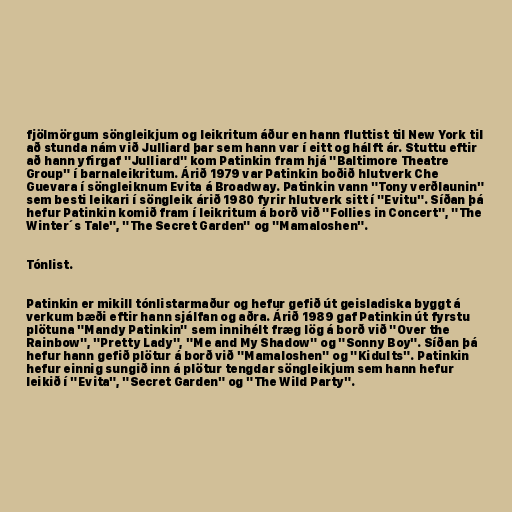
fjölmörgum söngleikjum og leikritum áður en hann fluttist til New York til
að stunda nám við Julliard þar sem hann var í eitt og hálft ár. Stuttu eftir
að hann yfirgaf "Julliard" kom Patinkin fram hjá "Baltimore Theatre
Group" í barnaleikritum. Árið 1979 var Patinkin boðið hlutverk Che
Guevara í söngleiknum Evita á Broadway. Patinkin vann "Tony verðlaunin"
sem besti leikari í söngleik árið 1980 fyrir hlutverk sitt í "Evitu". Síðan þá
hefur Patinkin komið fram í leikritum á borð við "Follies in Concert", "The
Winter´s Tale", "The Secret Garden" og "Mamaloshen".

Tónlist.

Patinkin er mikill tónlistarmaður og hefur gefið út geisladiska byggt á
verkum bæði eftir hann sjálfan og aðra. Árið 1989 gaf Patinkin út fyrstu
plötuna "Mandy Patinkin" sem innihélt fræg lög á borð við "Over the
Rainbow", "Pretty Lady", "Me and My Shadow" og "Sonny Boy". Síðan þá
hefur hann gefið plötur á borð við "Mamaloshen" og "Kidults". Patinkin
hefur einnig sungið inn á plötur tengdar söngleikjum sem hann hefur
leikið í "Evita", "Secret Garden" og "The Wild Party".